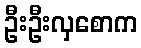
ဦးဦးလှစောက